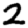
Digit: 2